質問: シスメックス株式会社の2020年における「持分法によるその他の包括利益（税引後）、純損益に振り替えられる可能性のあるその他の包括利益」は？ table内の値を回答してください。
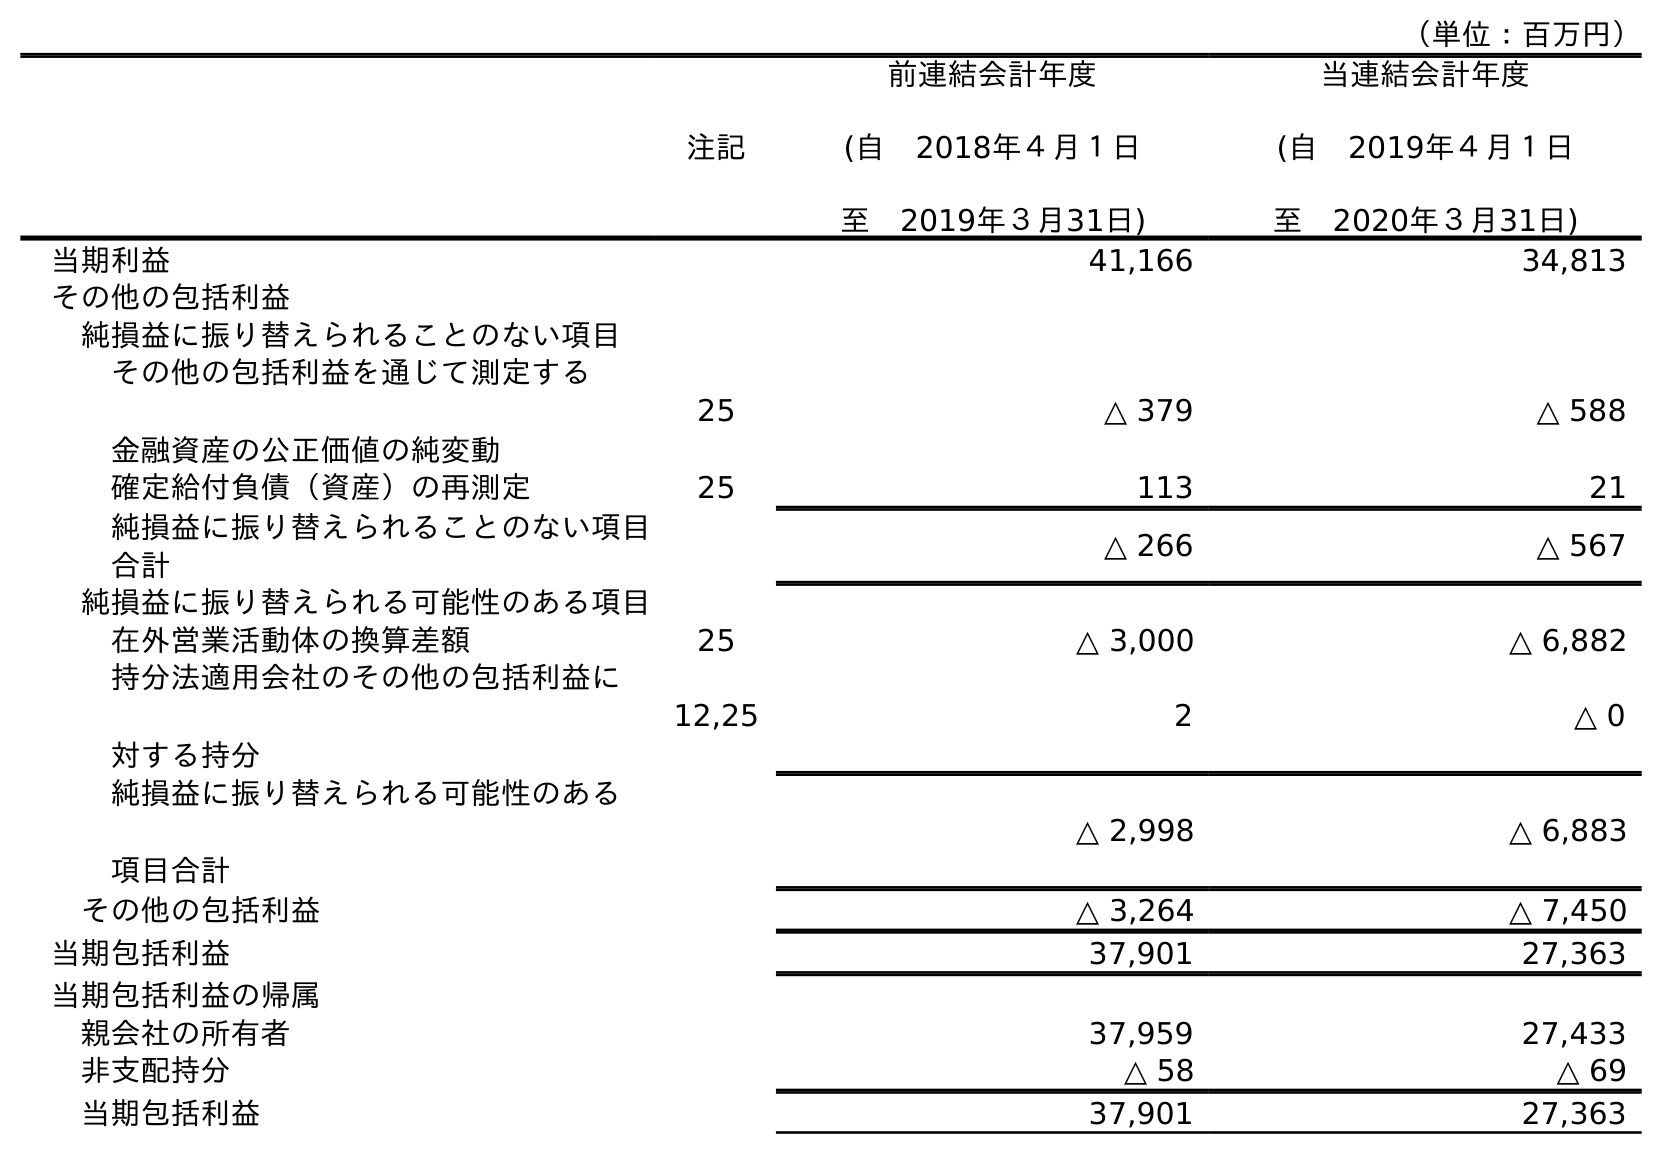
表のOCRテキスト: （単位：百万円） 注記 前連結会計年度 (自 2018年４月１日 至 2019年３月31日) 当連結会計年度 (自 2019年４月１日 至 2020年３月31日) 当期利益 41,166 34,813 その他の包括利益 純損益に振り替えられることのない項目 その他の包括利益を通じて測定する 金融資産の公正価値の純変動 25 △ 379 △ 588 確定給付負債（資産）の再測定 25 113 21 純損益に振り替えられることのない項目 合計 △ 266 △ 567 純損益に振り替えられる可能性のある項目 在外営業活動体の換算差額 25 △ 3,000 △ 6,882 持分法適用会社のその他の包括利益に 対する持分 12,25 2 △ 0 純損益に振り替えられる可能性のある 項目合計 △ 2,998 △ 6,883 その他の包括利益 △ 3,264 △ 7,450 当期包括利益 37,901 27,363 当期包括利益の帰属 親会社の所有者 37,959 27,433 非支配持分 △ 58 △ 69 当期包括利益 37,901 27,363
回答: △0